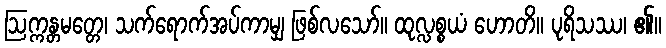
ဩက္ကန္တမတ္တေ၊ သက်ရောက်အပ်ကာမျှ ဖြစ်လသော်။ ထုလ္လစ္စယံ ဟောတိ။ ပုရိသဿ၊ ၏။